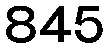
845